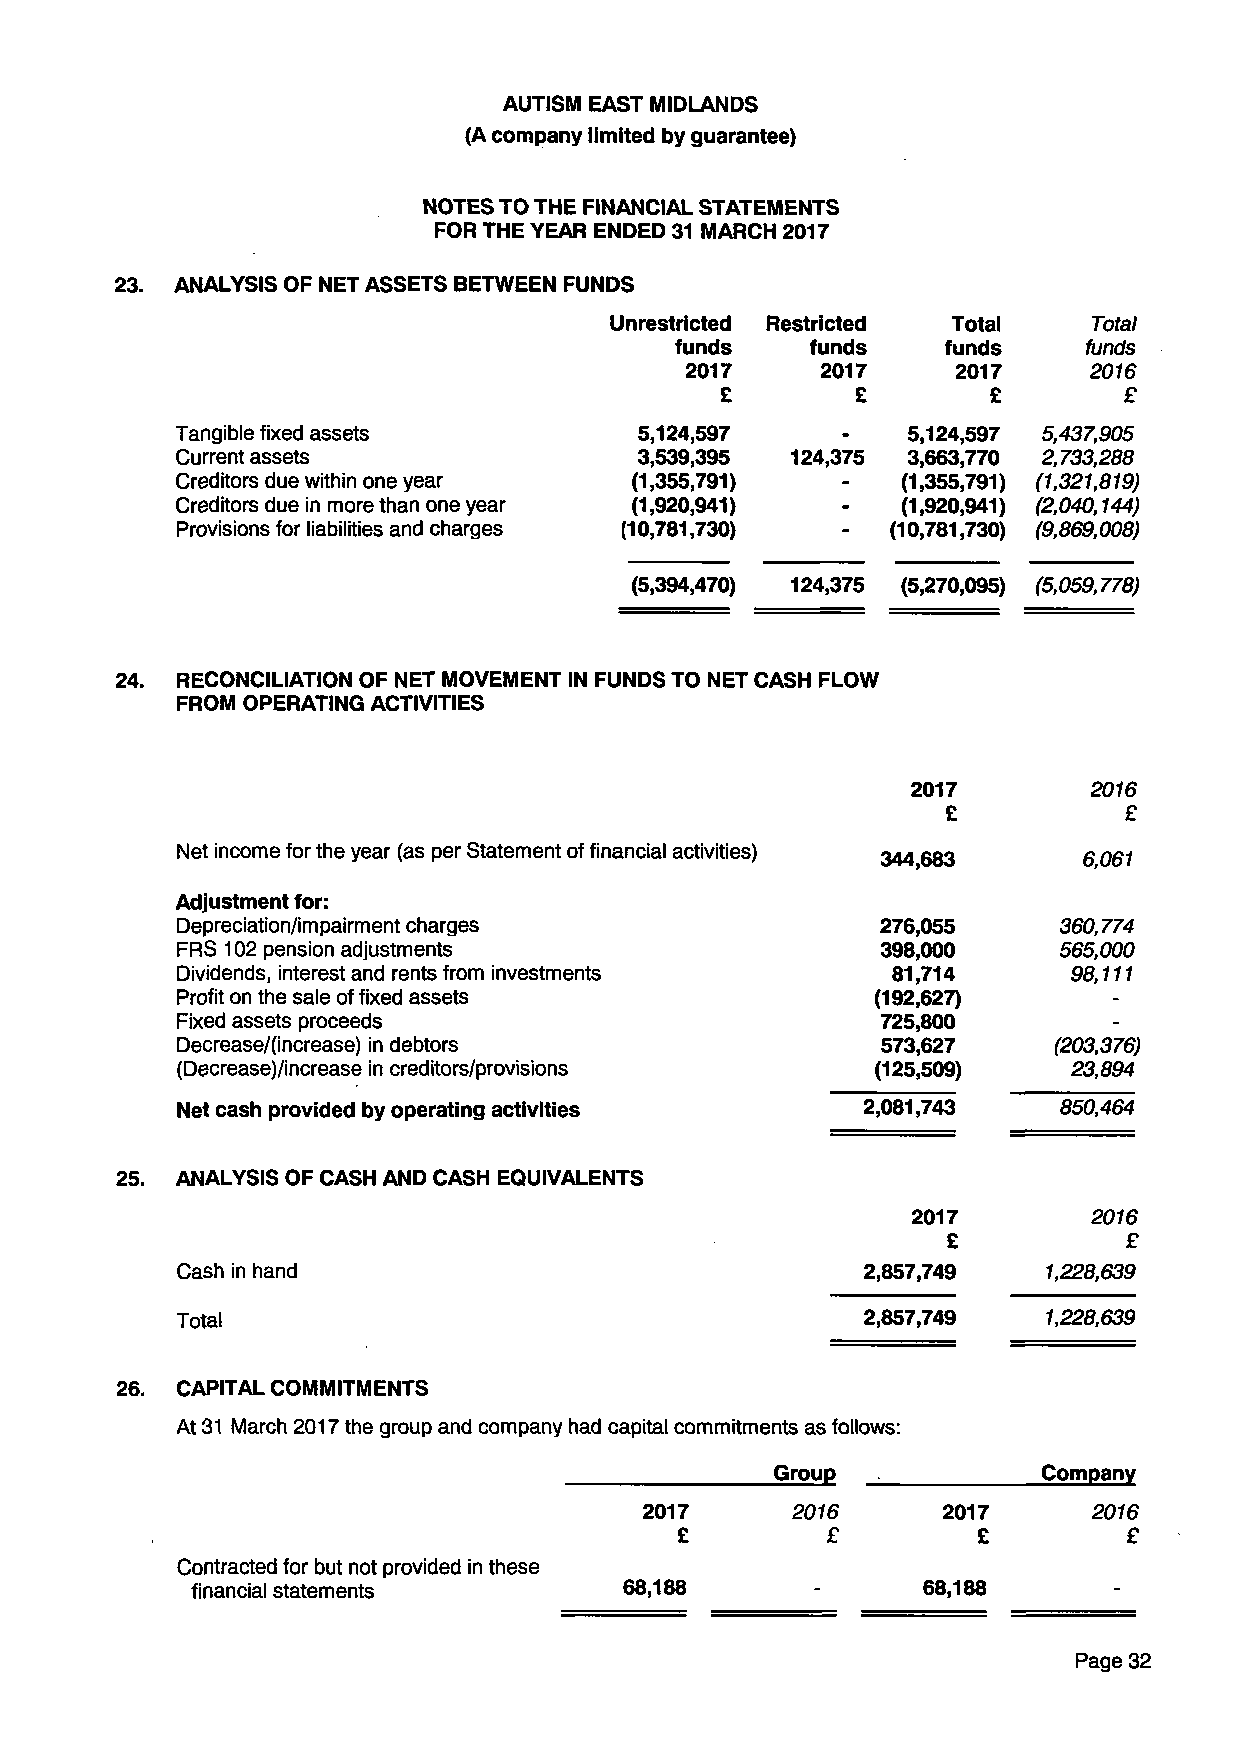
AUTISM EAST MIDLANDS
 (A company limited by guarantee)
 NOTES TO THE FINANCIAL STATEMENTS
 FOR THE YEAR ENDED 31 MARCH 2017
 23. ANALYSIS OF NET ASSETS BETWEEN FUNDS
 Unrestricted Restricted Total   Total
 funds    funds   funds     funds
 2017     2017     2017     2016
 £        £        £       £
 Tangible fixed assets         5,124,597         5,124,597 5,437,905
 Current assets                3,539,395 124,375 3,663,770 2,733,288
 Creditors due within one year (1,355,791)   -   (1,355,791) (1,321,819)
 Creditors due in more than one year (1,920,941) - (1,920,941) (2,040,144)
 Provisions for liabilities and charges (10,781,730) - (10,781,730) (9,869,008)
 (5,394,470) 124,375 (5,270,095) (5,059,778)
 24. RECONCILIATION OF NET MOVEMENT IN FUNDS TO NET CASH FLOW
 FROM OPERATING ACTIVITIES
 2017        2016
 £          £
 Net income for the year (as per Statement of financial activities) 344,683 6,061
 Adjustment for:
 Depreciation/impairment charges               276,055     360,774
 FRS 102 pension adjustments                   398,000     565,000
 Dividends, interest and rents from investments 81,714      98,111
 Profit on the sale of fixed assets            (192,627)
 Fixed assets proceeds                         725,800
 Decrease/(increase) in debtors                573,627     (203,376)
 (Decreasej/increase in creditors/provisions   (125,509)    23,894
 Net cash provided by operating activities    2,081,743    850,464
 25. ANALYSIS OF CASH AND CASH EQUIVALENTS
 2017        2016
 £           £
 Cash in hand
 2,857,749   1,228,639
 Total
 2,857,749   1,228,639
 26. CAPITAL COMMITMENTS
 At 31 March 2017 the group and company had capital commitments as follows:
 Group             Company
 2017     2016      2017      2016
 £         £         £         £
 Contracted for but not provided in these
 68,188              68,188
 financial statements
 Page 32